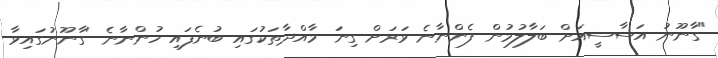
"ގާނޫނު އަސާސީއަށް ބަލާލުމުން ފެންނާނެ ވަރަށް ގިނަ މާއްދާތަކުގައި ބުނެފައި ހުންނާނެ 'ގާނޫނުގައިވާ